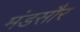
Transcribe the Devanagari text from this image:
मंडसौर